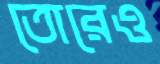
তোরেও